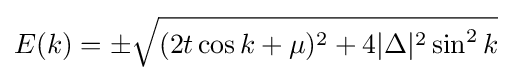
E(k)=\pm {\sqrt {(2t\cos k+\mu )^{2}+4|\Delta |^{2}\sin ^{2}k}}